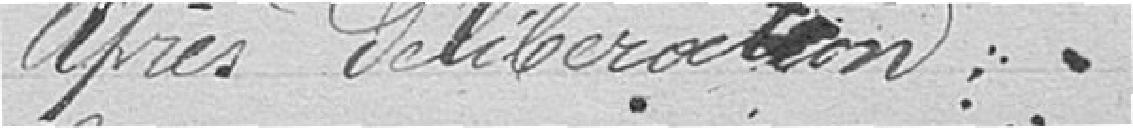
Après délibération